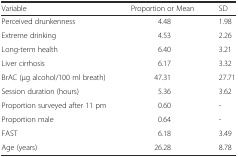
<table><thead><tr><td><b>Variable</b></td><td><b>Proportion or Mean</b></td><td><b>SD</b></td></tr></thead><tbody><tr><td>Perceived drunkenness</td><td>4.48</td><td>1.98</td></tr><tr><td>Extreme drinking</td><td>4.53</td><td>2.26</td></tr><tr><td>Long-term health</td><td>6.40</td><td>3.21</td></tr><tr><td>Liver cirrhosis</td><td>6.17</td><td>3.32</td></tr><tr><td>BrAC (μg alcohol/100 ml breath)</td><td>47.31</td><td>27.71</td></tr><tr><td>Session duration (hours)</td><td>5.36</td><td>3.62</td></tr><tr><td>Proportion surveyed after 11 pm</td><td>0.60</td><td>-</td></tr><tr><td>Proportion male</td><td>0.64</td><td>-</td></tr><tr><td>FAST</td><td>6.18</td><td>3.49</td></tr><tr><td>Age (years)</td><td>26.28</td><td>8.78</td></tr></tbody></table>